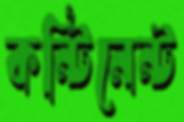
কন্টিনেন্ট